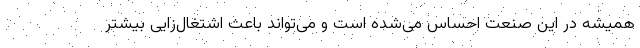
همیشه در این صنعت احساس می‌شده است و می‌تواند باعث اشتغال‌زایی بیشتر